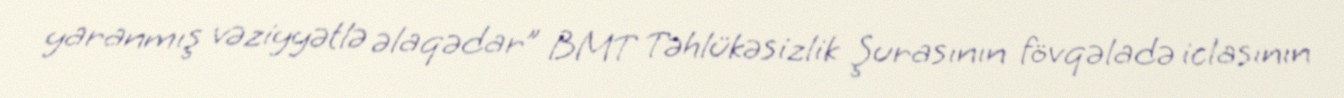
yaranmış vəziyyətlə əlaqədar” BMT Təhlükəsizlik Şurasının fövqəladə iclasının